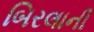
બિરલાની